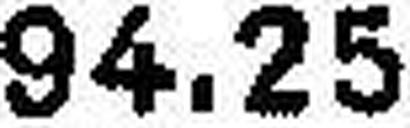
94.25